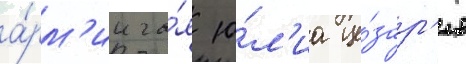
а́рм'ии га́я ю́л'иа це́зар'я